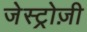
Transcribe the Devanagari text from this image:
जेस्ट्रोज़ी